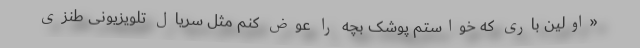
«اولین باری که خواستم پوشک بچه را عوض کنم مثل سریال تلویزیونی طنزی